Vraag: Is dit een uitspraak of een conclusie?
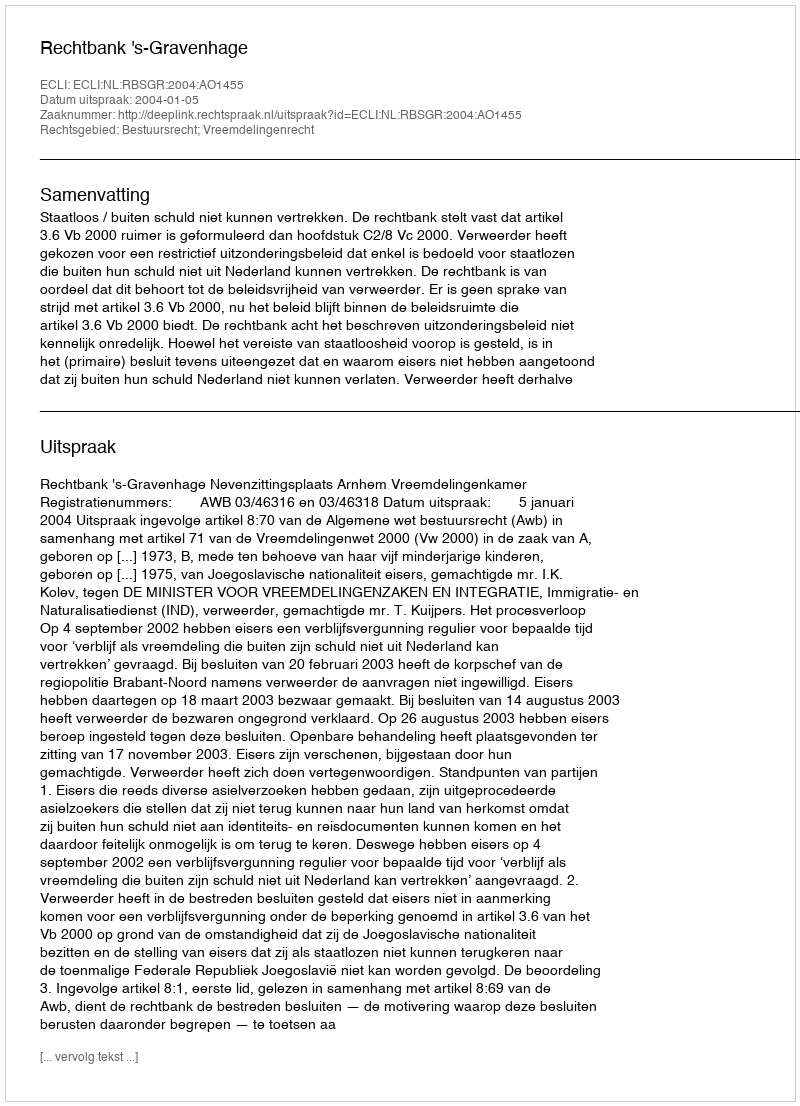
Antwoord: Uitspraak